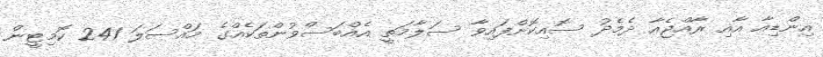
އިންޑިއާ އާއި ރާއްޖެއާ ދެމެދު ސޮއިކޮށްފައިވާ ސަލާމަތީ އެއްބަސްވުންތަކެއްގެ މައްސަލަ 241 ކޮމިޓީން